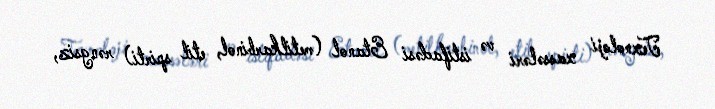
Texnoloji xassələri və istifadəsi Etanol (metilkarbinol, etil spirti) rəngsiz,